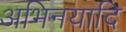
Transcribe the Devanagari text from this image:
अभिनयादि